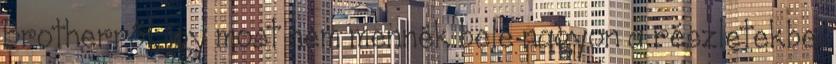
Brotherről, így most nem mennék bele nagyon a részletekbe,